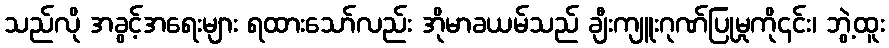
သည်လို အခွင့်အရေးများ ရထားသော်လည်း အိုမာခယမ်သည် ချီးကျူးဂုဏ်ပြုမှုကို၎င်း၊ ဘွဲ့ထူး